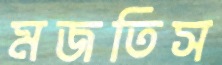
মজতিস